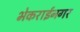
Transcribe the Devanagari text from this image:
भेकराईनगर